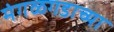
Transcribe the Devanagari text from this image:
मंगळगडाच्या